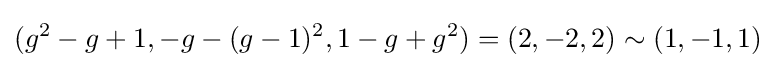
(g^{2}-g+1,-g-(g-1)^{2},1-g+g^{2})=(2,-2,2)\sim (1,-1,1)